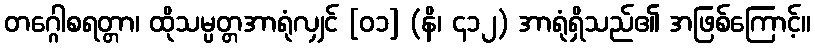
တဂ္ဂေါစရတ္တာ၊ ထိုသမ္ပတ္တအာရုံလျှင် [၀၁] (နိ၊ ၄၁၂) အာရုံရှိသည်၏ အဖြစ်ကြောင့်။